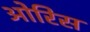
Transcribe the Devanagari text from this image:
ओरिस